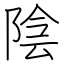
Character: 陰